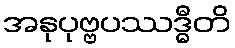
အနုပုဗ္ဗပဿဒ္ဓီတိ